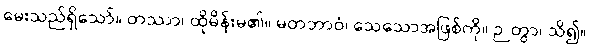
မေးသည်ရှိသော်။ တဿာ၊ ထိုမိန်းမ၏။ မတဘာဝံ၊ သေသောအဖြစ်ကို။ ဉတွာ၊ သိ၍။